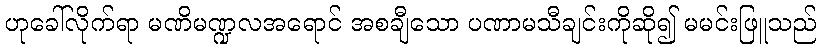
ဟုခေါ်လိုက်ရာ မဏိမဏ္ဍလအရောင် အစချီသော ပဏာမသီချင်းကိုဆို၍ မမင်းဖြူသည်